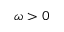
\omega > 0